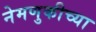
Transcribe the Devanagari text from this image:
नेमणुकीच्या